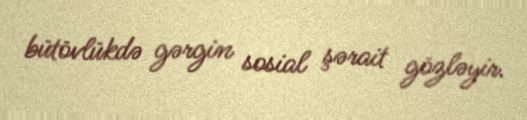
bütövlükdə gərgin sosial şərait gözləyir.